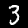
Label: 3